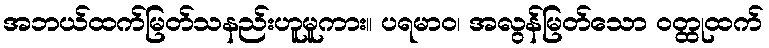
အဘယ်ထက်မြတ်သနည်းဟူမူကား။ ပရမာဝ၊ အလွန်မြတ်သော ဝတ္ထုထက်